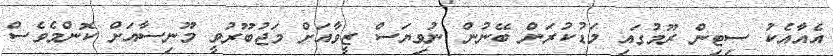
އެއާއެކު ސިޓިން ރޫމުގައި މަޑުކުރަން ބޭނުން ނުވިޔަސް ޒީވާއަށް މަޖުބޫރުވީ މޫނިސާއަށް ކޮންމެވެސް